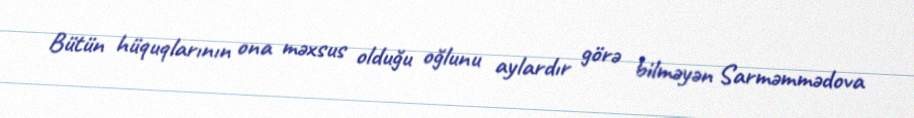
Bütün hüquqlarının ona məxsus olduğu oğlunu aylardır görə bilməyən Sarməmmədova